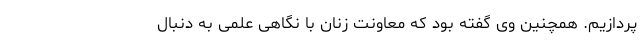
پردازیم. همچنین وی گفته بود که معاونت زنان با نگاهی علمی به دنبال